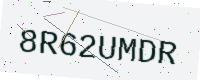
Text: 8R62UMDR